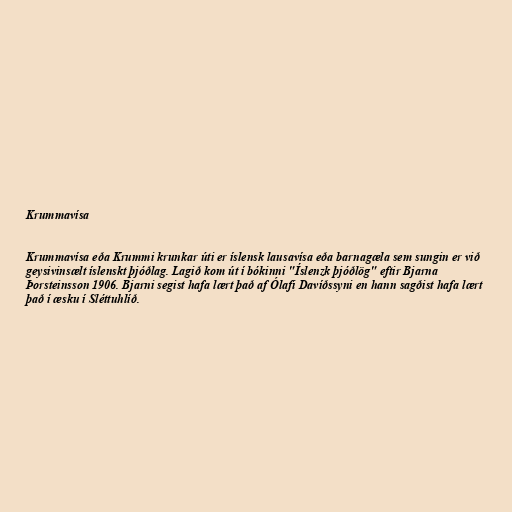
Krummavísa

Krummavísa eða Krummi krunkar úti er íslensk lausavísa eða barnagæla sem sungin er við
geysivinsælt íslenskt þjóðlag. Lagið kom út í bókinni "Íslenzk þjóðlög" eftir Bjarna
Þorsteinsson 1906. Bjarni segist hafa lært það af Ólafi Davíðssyni en hann sagðist hafa lært
það í æsku í Sléttuhlíð.